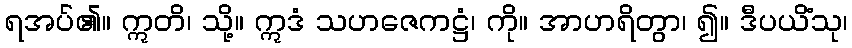
ရအပ်၏။ ဣတိ၊ သို့။ ဣဒံ သဟဇေကဋ္ဌံ၊ ကို။ အာဟရိတွာ၊ ၍။ ဒီပယိံသု၊